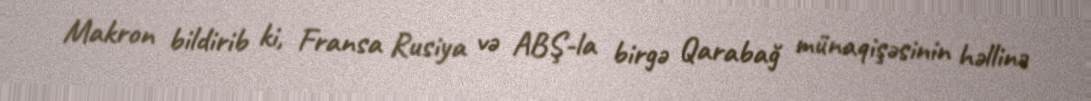
Makron bildirib ki, Fransa Rusiya və ABŞ-la birgə Qarabağ münaqişəsinin həllinə